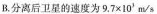
B.分离后卫星的速度为$$9 . 7 × 1 0 ^{ 3 }$$m/s